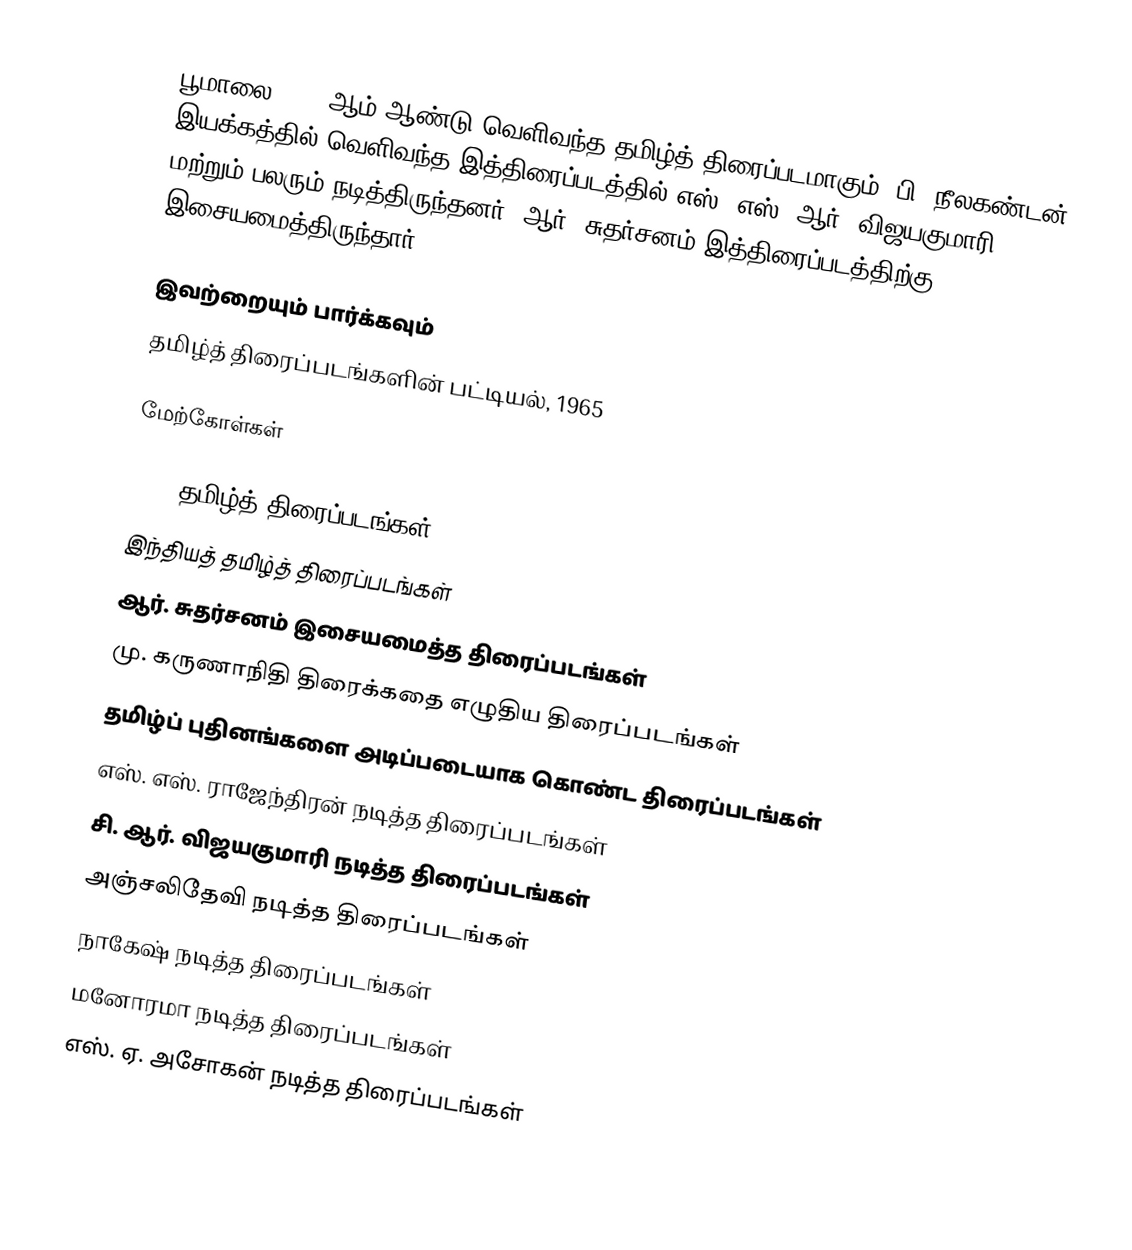
பூமாலை 1965 ஆம் ஆண்டு வெளிவந்த தமிழ்த் திரைப்படமாகும். பி. நீலகண்டன் இயக்கத்தில் வெளிவந்த இத்திரைப்படத்தில் எஸ். எஸ். ஆர், விஜயகுமாரி மற்றும் பலரும் நடித்திருந்தனர். ஆர். சுதர்சனம் இத்திரைப்படத்திற்கு இசையமைத்திருந்தார்.

இவற்றையும் பார்க்கவும்
 தமிழ்த் திரைப்படங்களின் பட்டியல், 1965

மேற்கோள்கள்

1965 தமிழ்த் திரைப்படங்கள்
இந்தியத் தமிழ்த் திரைப்படங்கள்
ஆர். சுதர்சனம் இசையமைத்த திரைப்படங்கள்
மு. கருணாநிதி திரைக்கதை எழுதிய திரைப்படங்கள்
தமிழ்ப் புதினங்களை அடிப்படையாக கொண்ட திரைப்படங்கள்
எஸ். எஸ். ராஜேந்திரன் நடித்த திரைப்படங்கள்
சி. ஆர். விஜயகுமாரி நடித்த திரைப்படங்கள்
அஞ்சலிதேவி நடித்த திரைப்படங்கள்
நாகேஷ் நடித்த திரைப்படங்கள்
மனோரமா நடித்த திரைப்படங்கள்
எஸ். ஏ. அசோகன் நடித்த திரைப்படங்கள்